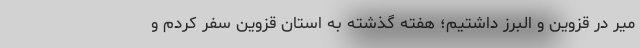
میر در قزوین و البرز داشتیم؛ هفته گذشته به استان قزوین سفر کردم و